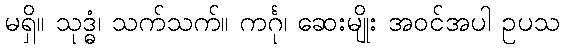
မရှိ။ သုဒ္ဓံ၊ သက်သက်။ ကင်္ဂု၊ ဆေးမျိုး အဝင်အပါ ဥပသ